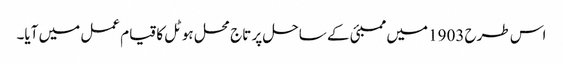
اس طرح 1903 میں ممبئی کے ساحل پر تاج محل ہوٹل کا قیام عمل میں آیا۔